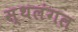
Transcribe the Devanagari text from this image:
स्थलंगल